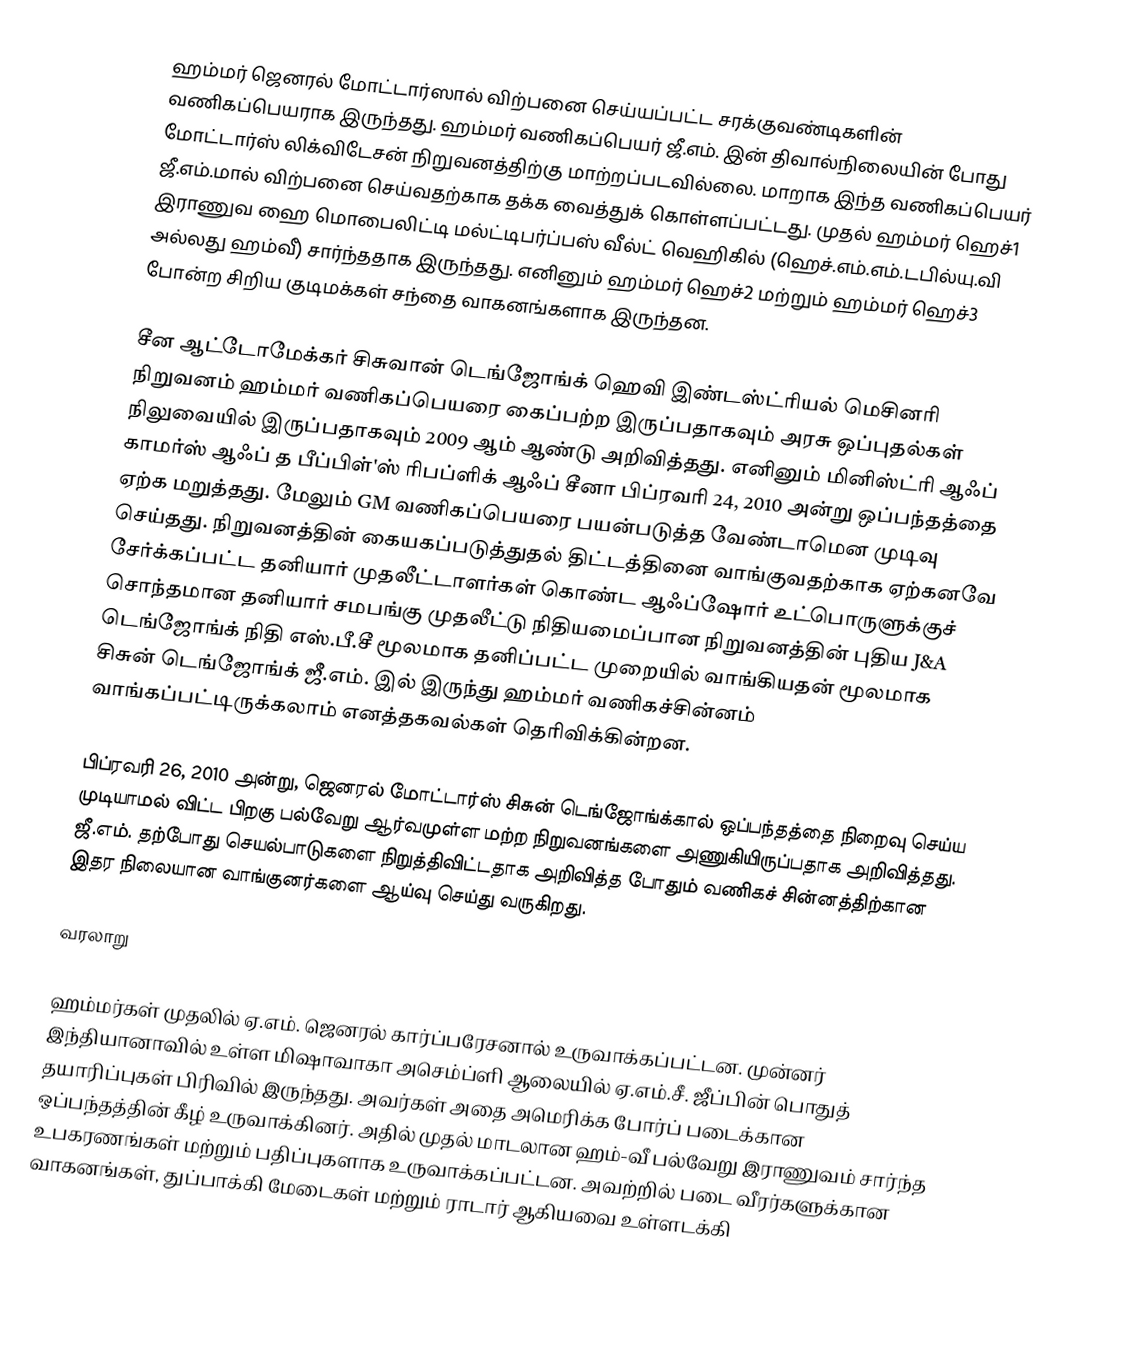
ஹம்மர் ஜெனரல் மோட்டார்ஸால் விற்பனை செய்யப்பட்ட சரக்குவண்டிகளின் வணிகப்பெயராக இருந்தது. ஹம்மர் வணிகப்பெயர் ஜீ.எம். இன் திவால்நிலையின் போது மோட்டார்ஸ் லிக்விடேசன் நிறுவனத்திற்கு மாற்றப்படவில்லை. மாறாக இந்த வணிகப்பெயர் ஜீ.எம்.மால் விற்பனை செய்வதற்காக தக்க வைத்துக் கொள்ளப்பட்டது. முதல் ஹம்மர் ஹெச்1 இராணுவ ஹை மொபைலிட்டி மல்ட்டிபர்ப்பஸ் வீல்ட் வெஹிகில் (ஹெச்.எம்.எம்.டபில்யு.வி அல்லது ஹம்வீ) சார்ந்ததாக இருந்தது. எனினும் ஹம்மர் ஹெச்2 மற்றும் ஹம்மர் ஹெச்3 போன்ற சிறிய குடிமக்கள் சந்தை வாகனங்களாக இருந்தன.

சீன ஆட்டோமேக்கர் சிசுவான் டெங்ஜோங்க் ஹெவி இண்டஸ்ட்ரியல் மெசினரி நிறுவனம் ஹம்மர் வணிகப்பெயரை கைப்பற்ற இருப்பதாகவும் அரசு ஒப்புதல்கள் நிலுவையில் இருப்பதாகவும் 2009 ஆம் ஆண்டு அறிவித்தது. எனினும் மினிஸ்ட்ரி ஆஃப் காமர்ஸ் ஆஃப் த பீப்பிள்'ஸ் ரிபப்ளிக் ஆஃப் சீனா பிப்ரவரி 24, 2010 அன்று ஒப்பந்தத்தை ஏற்க மறுத்தது. மேலும் GM வணிகப்பெயரை பயன்படுத்த வேண்டாமென முடிவு செய்தது. நிறுவனத்தின் கையகப்படுத்துதல் திட்டத்தினை வாங்குவதற்காக ஏற்கனவே சேர்க்கப்பட்ட தனியார் முதலீட்டாளர்கள் கொண்ட ஆஃப்ஷோர் உட்பொருளுக்குச் சொந்தமான தனியார் சமபங்கு முதலீட்டு நிதியமைப்பான நிறுவனத்தின் புதிய J&A டெங்ஜோங்க் நிதி எஸ்.பீ.சீ மூலமாக தனிப்பட்ட முறையில் வாங்கியதன் மூலமாக சிசுன் டெங்ஜோங்க் ஜீ.எம். இல் இருந்து ஹம்மர் வணிகச்சின்னம் வாங்கப்பட்டிருக்கலாம் எனத்தகவல்கள் தெரிவிக்கின்றன.

பிப்ரவரி 26, 2010 அன்று, ஜெனரல் மோட்டார்ஸ் சிசுன் டெங்ஜோங்க்கால் ஒப்பந்தத்தை நிறைவு செய்ய முடியாமல் விட்ட பிறகு பல்வேறு ஆர்வமுள்ள மற்ற நிறுவனங்களை அணுகியிருப்பதாக அறிவித்தது. ஜீ.எம். தற்போது செயல்பாடுகளை நிறுத்திவிட்டதாக அறிவித்த போதும் வணிகச் சின்னத்திற்கான இதர நிலையான வாங்குனர்களை ஆய்வு செய்து வருகிறது.

வரலாறு

ஹம்மர்கள் முதலில் ஏ.எம். ஜெனரல் கார்ப்பரேசனால் உருவாக்கப்பட்டன. முன்னர் இந்தியானாவில் உள்ள மிஷாவாகா அசெம்ப்ளி ஆலையில் ஏ.எம்.சீ. ஜீப்பின் பொதுத் தயாரிப்புகள் பிரிவில் இருந்தது. அவர்கள் அதை அமெரிக்க போர்ப் படைக்கான ஒப்பந்தத்தின் கீழ் உருவாக்கினர். அதில் முதல் மாடலான ஹம்-வீ பல்வேறு இராணுவம் சார்ந்த உபகரணங்கள் மற்றும் பதிப்புகளாக உருவாக்கப்பட்டன. அவற்றில் படை வீரர்களுக்கான வாகனங்கள், துப்பாக்கி மேடைகள் மற்றும் ராடார் ஆகியவை உள்ளடக்கி